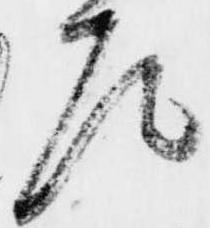
尼